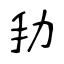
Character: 劧